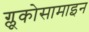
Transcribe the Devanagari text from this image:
ग्लूकोसामाइन